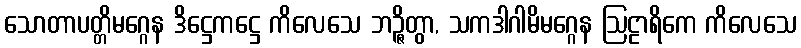
သောတာပတ္တိမဂ္ဂေန ဒိဋ္ဌေကဋ္ဌေ ကိလေသေ ဘဉ္ဇိတွာ, သကဒါဂါမိမဂ္ဂေန ဩဠာရိကေ ကိလေသေ